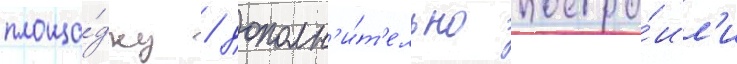
площа́дку / дополн'и́т'ельно постро́ил'и